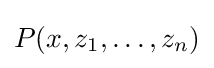
P(x,z_{1},\ldots ,z_{n})